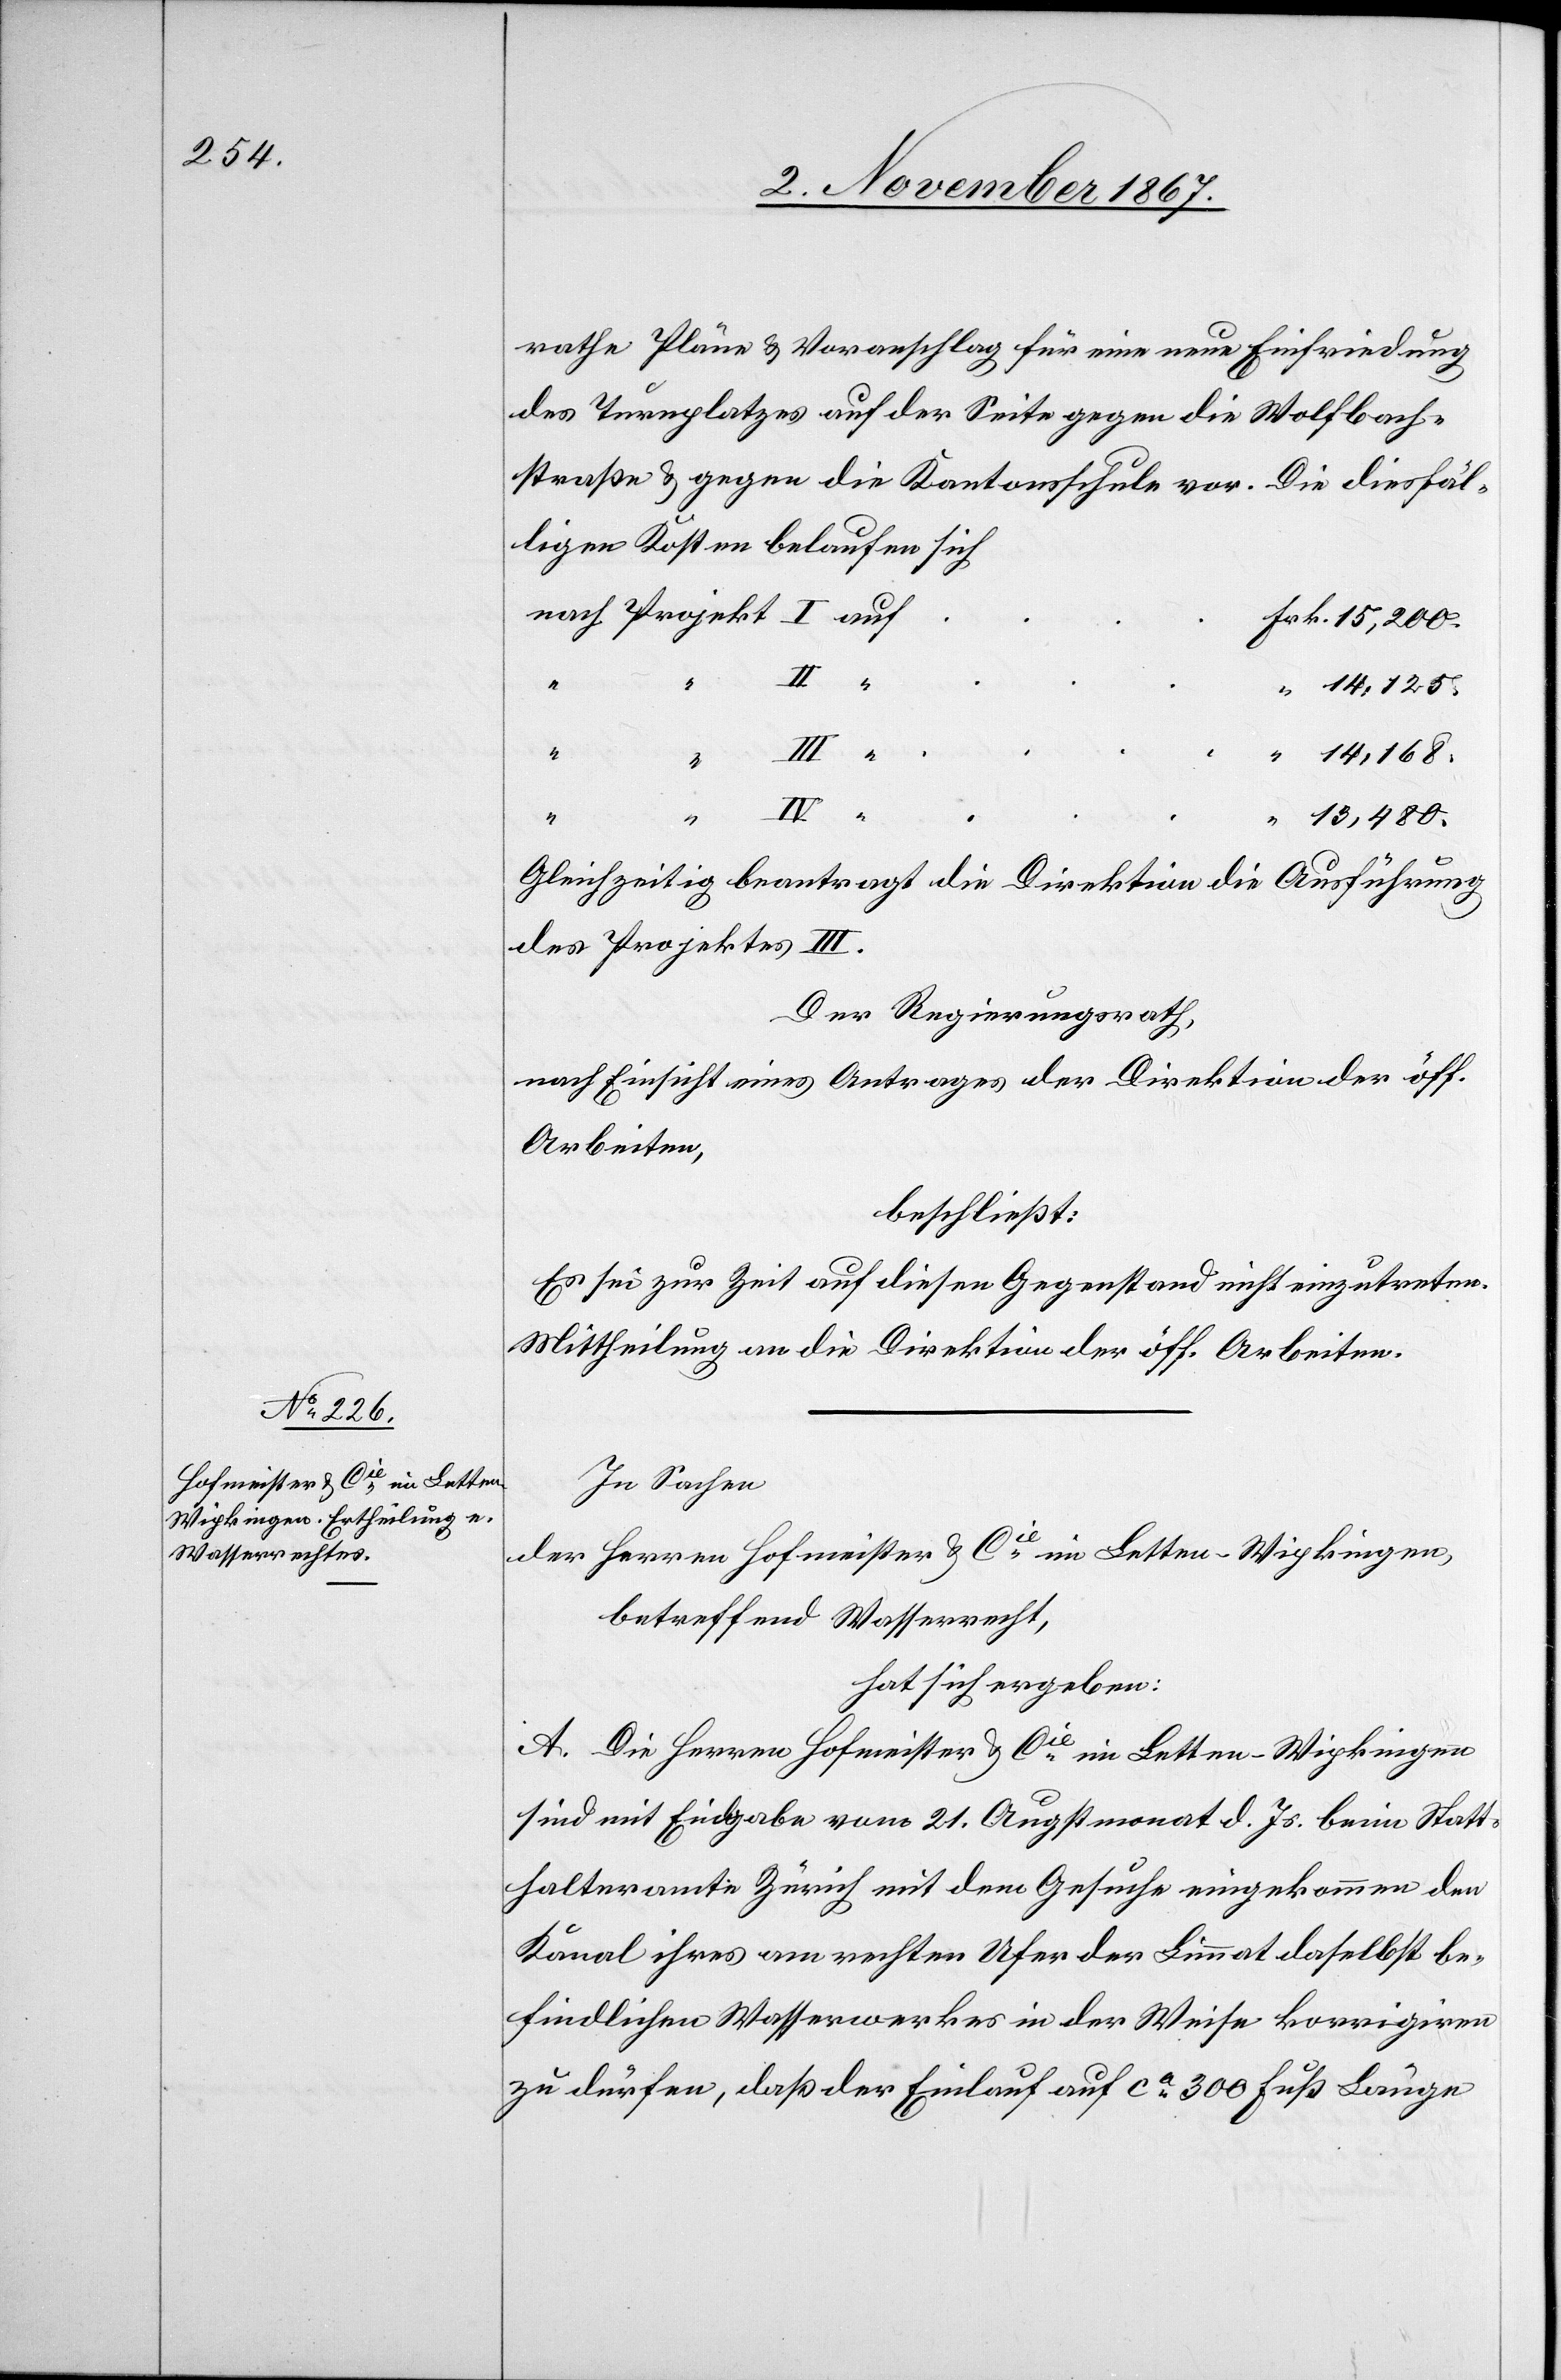
rathe Pläne u. Voranschlag für eine neue Einfriedung
des Turnplatzes auf der Seite gegen die Wolfbach¬
straße u. gegen die Kantonsschule vor. Die diesfäl¬
ligen Kosten belaufen sich
14 125.
“
“
auf
14 168.
“
“
13 480.
Gleichzeitig beantragt die Direktion die Ausführung
des Projektes III.
Der Regierungsrath,
nach Einsicht eines Antrages der Direktion der öff.
Arbeiten,
beschließt:
Es sei zur Zeit auf diesen Gegenstand nicht einzutreten.
Mittheilung an die Direktion der öff. Arbeiten.
In Sachen
der Herren Hofmeister u. Cie. im Letten - Wipkingen,
betreffend Wasserrecht,
hat sich ergeben:
A. Die Herren Hofmeister u. Cie. im Letten - Wipkingen
sind mit Eingabe vom 21. Augstmonat d. Js. beim Statt¬
halteramte Zürich mit dem Gesuche eingekommen, den
Kanal ihres am rechten Ufer der Limmat daselbst be¬
findlichen Wasserwerkes in der Weise korrigiren
zu dürfen, daß der Einlauf auf ca. 300 Fuß Länge